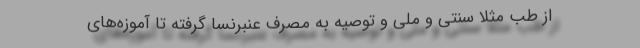
از طب مثلاً سنتی و ملی و توصیه به مصرف عنبرنسا گرفته تا آموزه‌های